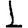
Digit: 1